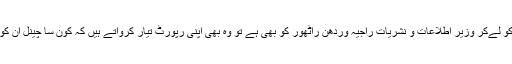
کچھ لالچ اپنی امیج کو لےکر وزیر اطلاعات و نشریات راجیہ وردھن راٹھور کو بھی ہے تو وہ بھی اپنی رپورٹ تیار کرواتے ہیں کہ کون سا چینل ان کو کتنی جگہ دیتا ہے۔